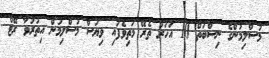
މުސްލިމުންގެ ނިސްބަތް 10 އަހަރު ތެރޭ މަތިވެފައި ވިޔަސް މުސްލިމުން އިތުރުވާ ރޭޓް